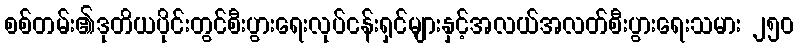
စစ်တမ်း၏ဒုတိယပိုင်းတွင်စီးပွားရေးလုပ်ငန်းရှင်များနှင့်အလယ်အလတ်စီးပွားရေးသမား ၂၅၀